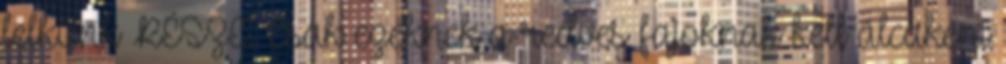
lelkünk RÉSZE. Csak ezeknek a redves fajoknak kell álcaként